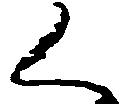
く